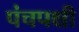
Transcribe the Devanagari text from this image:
पंचपक्षी